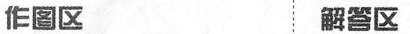
作图区 解答区